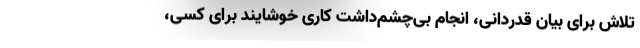
تلاش برای بیان قدردانی، انجامِ بی‌چشم‌داشتِ کاری خوشایند برای کسی،